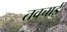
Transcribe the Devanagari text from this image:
तवचाई